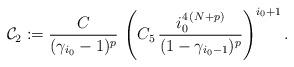
LaTeX: \begin{align*}\mathcal{C}_2:=\frac{C}{(\gamma_{i_0}-1)^p}\,\left(C_5\,\frac{i_0^{4\,(N+p)}}{(1-\gamma_{i_0-1})^p}\right)^{i_0+1}.\end{align*}